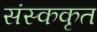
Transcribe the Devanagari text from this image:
संस्ककृत